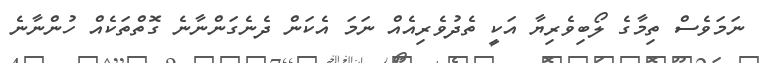
ނަމަވެސް ތިމާގެ ލޯބިވެރިޔާ އަކީ ތެދުވެރިއެއް ނަމަ އެކަން ދެނެގަންނާނެ ގޮތްތަކެއް ހުންނާނެ